Report of the Indian Hemp Drugs Commission, 1894-1895 - Volume IV
Year: 1894
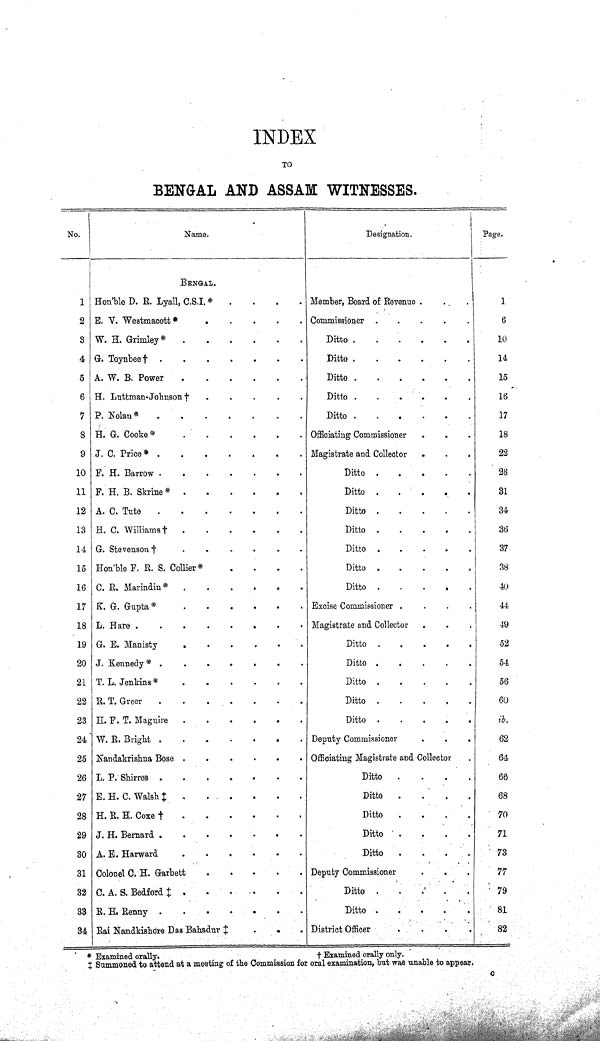
INDEX
TO
BENGAL AND ASSAM WITNESSES.
No.
Name.
Designation.
Page.
BENGAL.
1 Hon'ble D. R. Lyall, C.S.I. *
Member, Board of Revenue
1
2 E. V. Westmacott*
Commissioner
6
3 W. H. Grimley*
Ditto
10
4 G.
Toynbee†
Ditto
14
5 A. W. B. Power
Ditto
15
6 H. Luttman-Johnson †
Ditto
16
7 P. Nolan*
Ditto
17
8 H. G. Cooke*
Officiating Commissioner
18
9 J. C. Price*
Magistrate and Collector
22
10 F. H. Barrow
Ditto
28
11 F. H. B. Skrine *
Ditto
31
12 A. C. Tute
Ditto
34
13 H. C. Williams
†
Ditto
36
14 G. Stevenson †
Ditto
37
15 Hon'ble F. R. S. Collier*
Ditto
38
16 C. R. Marindin*
Ditto
40
17 K. G. Gupta*
Excise Commissioner
44
18 L. Hare
Magistrate and Collector
49
19 G. E. Manisty
Ditto
52
20 J. Kennedy *
Ditto
54
21 T. L. Jenkins*
Ditto
56
22 R.T.Greer
Ditto
60
23 H. F. T. Maguire
Ditto
ib.
24 W. R. Bright
Deputy Commissioner
62
25 Nandakrishna Bose
Officiating Magistrate and Collector
64
26 L. P. Shirres
Ditto
66
27 E. H. C. Walsh ‡
Ditto
68
28 H. R. H. Coxe
†
Ditto
70
29 J. H. Bernard
Ditto
71
30 A. E. Harward
Ditto
73
31 Colonel C.H. Garbett
Deputy Commissioner
77
32 C. A. S. Bedford
‡
Ditto
79
33 R. H. Renny
Ditto
81
34 Rai Nandkishore Das Bahadur ‡
District Officer
82
* Examined orally.
†
Examined orally only.
‡ Summoned to attend at a meeting of the Commission for oral examination, but was unable to appear.
C